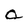
Character: 0